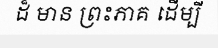
ដ៏ មាន ព្រះភាគ ដើម្បី